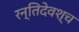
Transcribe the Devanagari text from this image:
रन्तिदेवश्च